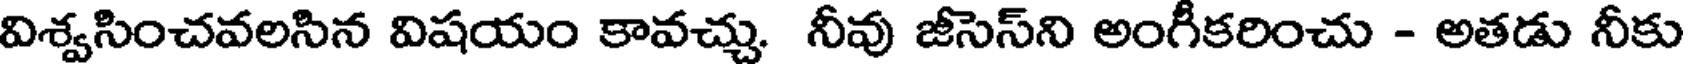
విశ్వసించవలసిన విషయం కావచ్చు. నీవు జీసెస్ని అంగీకరించు - అతడు నీకు